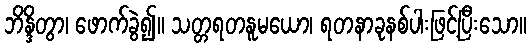
ဘိန္ဒိတွာ၊ ဖောက်ခွဲ၍။ သတ္တရတနူမယော၊ ရတနာခုနစ်ပါးဖြင့်ပြီးသော။